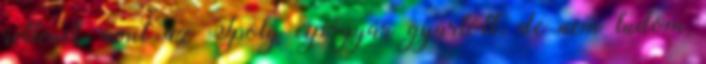
rettenet, amit az Ipoly cipőgyár gyártott, de nem tudom